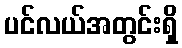
ပင်လယ်အတွင်းရှိ